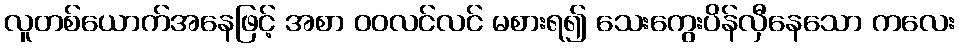
လူတစ်ယောက်အနေဖြင့် အစာ ဝဝလင်လင် မစားရ၍ သေးကွေးပိန်လှီနေသော ကလေး